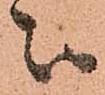
被